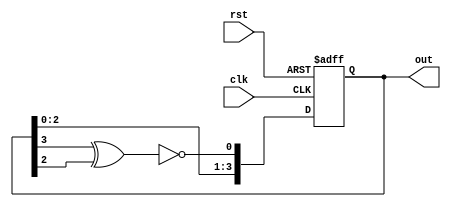
`timescale 1ns / 1ps

module LFSR(
 output reg [3:0] out,
  input clk, rst
  );
  
  wire fb;

  assign fb = ~(out[3] ^ out[2]);

always @(posedge clk, posedge rst)
  begin
    if (rst)
      out = 4'b0;
    else
      out = {out[2:0],fb};
  end
endmodule